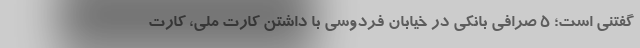
گفتنی است؛ ۵ صرافی بانکی در خیابان فردوسی با داشتن کارت ملی، کارت